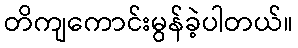
တိကျကောင်းမွန်ခဲ့ပါတယ်။